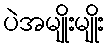
ပဲအမျိုးမျိုး